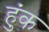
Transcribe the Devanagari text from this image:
हुंक